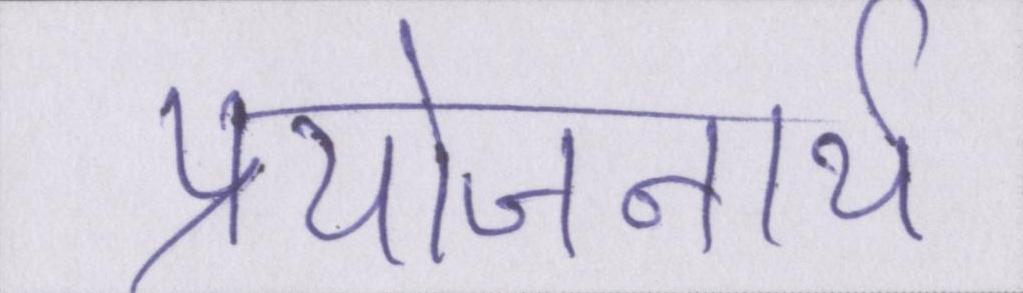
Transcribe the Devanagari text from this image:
प्रयोजनार्थ